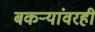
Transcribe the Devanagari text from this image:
बकऱ्यांवरही